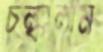
চল্‌কালাম